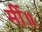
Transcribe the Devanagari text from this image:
मीं॥